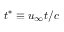
t ^ { * } \equiv u _ { \infty } t / c